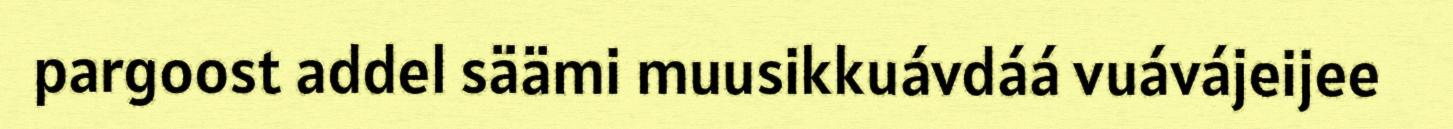
pargoost addel säämi muusikkuávdáá vuávájeijee